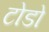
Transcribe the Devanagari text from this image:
टोडो